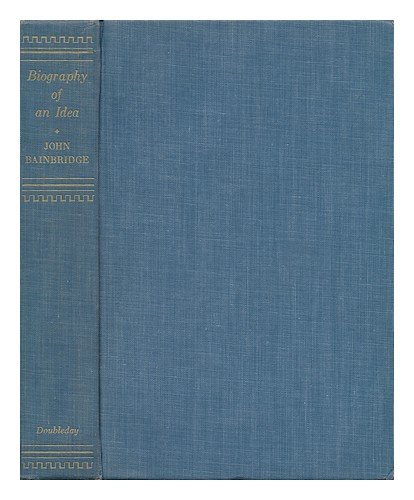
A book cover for Biography of an idea; the story of mutual fire and casualty insurance; John Bainbridge; Business & Money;